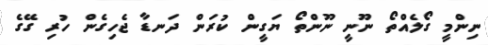
ނިންމީ ގޯލެއްތޯ ނޫނީ ނޫންތޯ ޔަގީން ކުރަން ދަނޑާ ޖެހިގެން ހުރި ގޭގެ